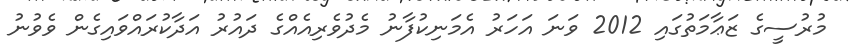
މުރުސީގެ ޒަޢާމަތުގައި 2012 ވަނަ އަހަރު އެމަނިކުފާނު މެދުވެރިއެއްގެ ދައުރު އަދާކުރައްވައިގެން ވެވުނު